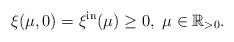
LaTeX: \begin{align*}\xi(\mu, 0) = \xi^{\mathrm{in}}(\mu)\ge 0,\ \mu\in \mathbb{R}_{>0}.\end{align*}